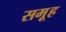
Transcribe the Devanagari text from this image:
समूूह